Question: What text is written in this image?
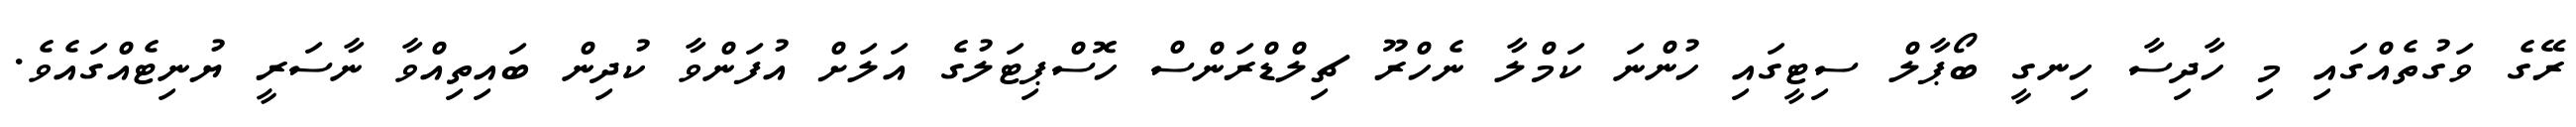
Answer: ރޭގެ ވަގުތެއްގައި މި ހާދިސާ ހިނގީ ބޯޕާލް ސިޓީގައި ހުންނަ ކަމްލާ ނެހްރޫ ޗިލްޑްރަންސް ހޮސްޕިޓަލުގެ އަލަށް އުފަންވާ ކުދިން ބައިތިއްވާ ނާސަރީ ޔުނިޓެއްގައެވެ.